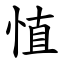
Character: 㥀